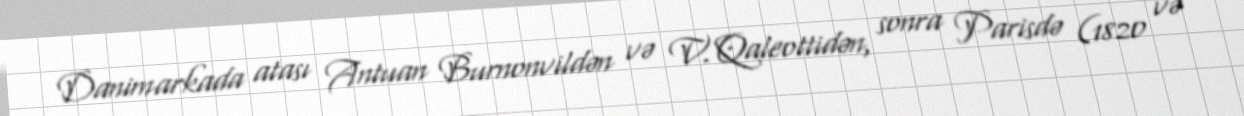
Danimarkada atası Antuan Burnonvildən və V. Qaleottidən, sonra Parisdə (1820 və